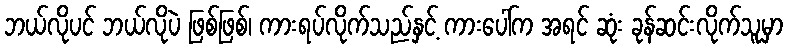
ဘယ်လိုပင် ဘယ်လိုပဲ ဖြစ်ဖြစ်၊ ကားရပ်လိုက်သည်နှင့် ကားပေါ်က အရင် ဆုံး ခုန်ဆင်းလိုက်သူမှာ